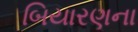
બિયારણના